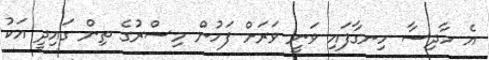
އެ ހާދިސާ ހިނގާފައި ވަނީ ވަރަށް ފަހުން މިސްރުގެ ތިން ގައިދީ އަކު